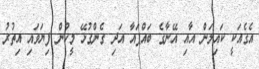
އެގެއަކީ ކައިލަން އާއި އޭނާގެ ބައްޕައާ އަދި ގެންގުޅޭ މީހުން ފިޔަވައި އިތުރު